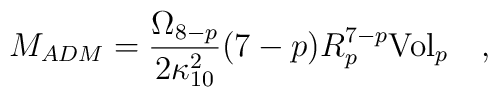
M_{ADM} = {\frac{\Omega_{8-p}}{2\kappa_{10}^2}}(7-p)R_p^{7-p}{\mbox{Vol}}_p\quad ,